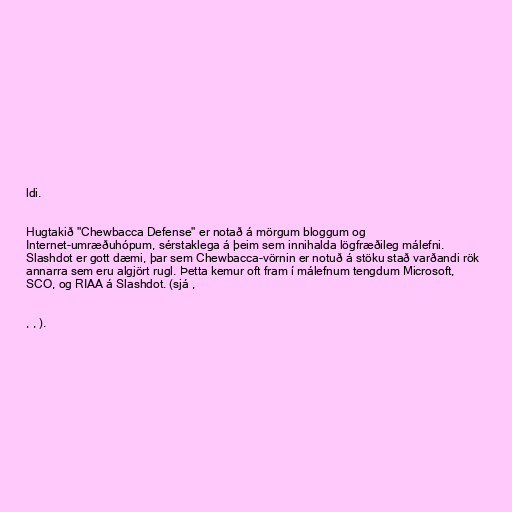
ldi.

Hugtakið "Chewbacca Defense" er notað á mörgum bloggum og
Internet-umræðuhópum, sérstaklega á þeim sem innihalda lögfræðileg málefni.
Slashdot er gott dæmi, þar sem Chewbacca-vörnin er notuð á stöku stað varðandi rök
annarra sem eru algjört rugl. Þetta kemur oft fram í málefnum tengdum Microsoft,
SCO, og RIAA á Slashdot. (sjá ,

, , ).